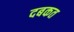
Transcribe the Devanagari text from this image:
दबकत